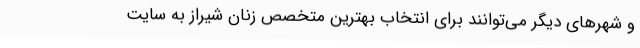
و شهرهای دیگر می‌توانند برای انتخاب بهترین متخصص زنان شیراز به سایت